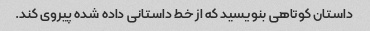
داستان کوتاهی بنویسید که از خط داستانی داده شده پیروی کند.